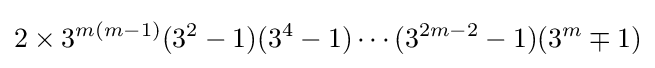
2\times 3^{m(m-1)}(3^{2}-1)(3^{4}-1)\cdots (3^{2m-2}-1)(3^{m}\mp 1)